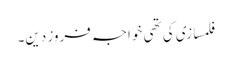
فلمسازی کی تھی خواجہ فروز دین۔